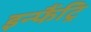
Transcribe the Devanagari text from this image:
इन्फैंट्रि